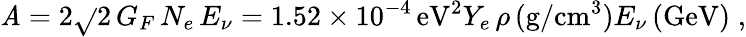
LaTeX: \mathit{A}=2\sqrt{}{2}\, G_{F}\, N_{e}\, E_{\nu}=1.52\times10^{-4}\, \mathrm{{eV^{2}}}Y_{e}\, \rho\, (\mathrm{{g/cm^{3}}})E_{\nu}\, (\mathrm{{GeV)\; ,}}